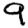
Digit: 9